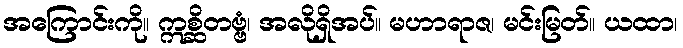
အကြောင်းကို။ ဣစ္ဆိတဗ္ဗံ၊ အလိုရှိအပ်။ မဟာရာဇ၊ မင်းမြတ်။ ယထာ၊